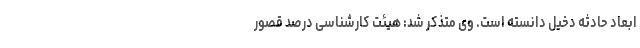
ابعاد حادثه دخیل دانسته است. وی متذکر شد: هیئت کارشناسی درصد قصور